Report of the Indian Hemp Drugs Commission, 1894-1895 - Volume IV
Year: 1894
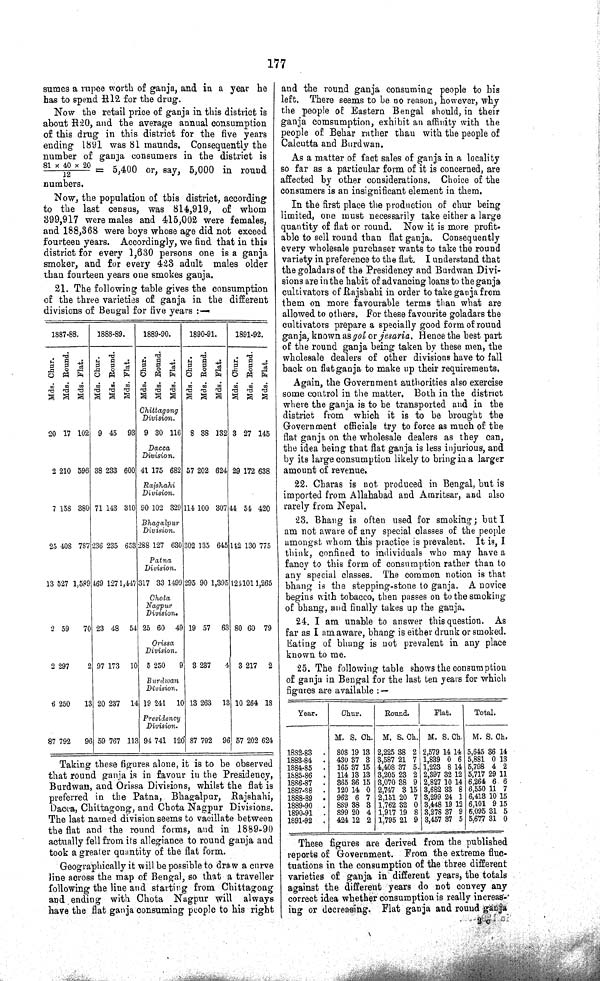
177
sumes a rupee worth of ganja, and in a year he
has to spend R12 for the drug.
Now the retail price of ganja in this district is
about R20, and the average annual consumption
of this drug in this district for the five years
ending 1891 was 81 maunds. Consequently the
number of ganja consumers in the district is
81 x 40 x 20/12 = 5,400 or, say, 5,000 in round
numbers.
Now, the population of this district, according
to the last census, was 814,919, of whom
399,917 were males and 415,002 were females,
and 188,368 were boys whose age did not exceed
fourteen years. Accordingly, we find that in this
district for every 1,630 persons one is a ganja
smoker, and for every 423 adult males older
than fourteen years one smokes ganja.
21. The following table gives the consumption
of the three varieties of ganja in the different
divisions of Bengal for five years:—
1887-88.
1888-89.
1889-90.
1890-91.
1891-92.
Mds. Chur.
Mds. Round.
Mds. Flat.
Mds. Chur. Mds. Round.
Mds. Flat.
Mds. Chur. Mds. Round.
Mds. Flat.
Mds. Chur.
Mds. Round.
Mds. Flat.
Mds. Chur.
Mds. Round.
Mds. Flat.
Mds. Chur.
Mds. Round.
Mds. Flat.
Mds. Chur. Mds. Round.
Mds. Flat.
Mds. Chur. Mds. Round.
Mds. Flat.
Mds. Chur.
Mds. Round.
Mds. Flat.
Mds. Chur.
Mds. Round.
Mds. Flat.
Mds. Chur.
Mds. Round.
Mds. Flat.
Mds. Chur. Mds. Round.
Mds. Flat.
Mds. Chur. Mds. Round.
Mds. Flat.
Mds. Chur.
Mds. Round.
Mds. Flat.
Mds. Chur.
Mds. Round.
Mds. Flat.
Chittagong
Division.
20 17 102 9 45 93 9 30 116 8 38 132 3 27 145
Dacca
Division.
2 210 596 38 233 600 41 175 682 57 202 624 29 172 638
Rajshahi
Division.
7 158 380 71 143 310 90 102 329 114 100 307 44 54 420
Bhagalpur
Division.
25 408 787 236 235 653 288 127 630 302 135 645 142 130 775
Patna
Division,
13 527 1,589 469 127 1,447 317 33 1499 295 90 1,395 124 101 1,265
Chota
Nagpur
Division.
2 59
70 23 48 54 25 60 49 19 57 63 80 60 79
Orissa
Division.
2 297
2 97 173 10 5 250
9 3 237
4
3 217 2
Burdwan
Division.
6 250
13 20 237 14 19 241 10 13 263 13 10 264 18
Presidency
Division.
87 792
96 59 767 11 94 741 120 87 792 96 57 202 624
Taking these figures alone, it is to be observed
that round ganja is in favour in the Presidency,
Burdwan, and Orissa Divisions, whilst the flat is
preferred in the Patna, Bhagalpur, Rajshahi,
Dacca, Chittagong, and Chota Nagpur Divisions.
The last named division seems to vacillate between
the flat and the round forms, and in 1889-90
actually fell from its allegiance to round ganja and
took a greater quantity of the flat form.
Geographically it will be possible to draw a curve
line across the map of Bengal, so that a traveller
following the line and starting from Chittagong
and ending with Chota Nagpur will always
have the flat ganja consuming people to his right
and the round ganja consuming people to bis
left. There seems to he no reason, however, why
the people of Eastern Bengal should, in their
ganja comsumption, exhibit an affinity with the
people of Behar rather thau with the people of
Calcutta and Burdwan.
As a matter of fact sales of ganja in a locality
so far as a particular form of it is concerned, are
affected by other considerations. Choice of the
consumers is an insignificant element in them,
In the first place the production of chur being
limited, one must necessarily take either a large
quantity of flat or round. Now it is more profit-
able to sell round than flat ganja. Consequently
every wholesale purchaser wants to take the round
variety in preference to the flat. I understand that
the goladars of the Presidency and Burdwan Divi¬
sions are in the habit of advancing loans to the ganja
cultivators of Rajshahi in order to take ganja from
them on more favourable terms than what are
allowed to others. For these favourite goladars the
cultivators prepare a specially good form of round
ganja, known as gol or jesaria. Hence the best part
of the round ganja being taken by these men, the
wholesale dealers of other divisions have to fall
back on flat ganja to make up their requirements.
Again, the Government authorities also exercise
some control in the matter. Both in the district
where the ganja is to be transported and in the
district from which it is to be brought the
Government officials try to force as much of the
flat ganja on the wholesale dealers as they can,
the idea being that flat ganja is less injurious, and
by its large consumption likely to bring in a larger
amount of revenue.
22. Charas is not produced in Bengal, but is
imported from Allahabad and Amritsar, and also
rarely from Nepal.
23. Bhang is often used for smoking; but I
am not aware of any special classes of the people
amongst whom this practice is prevalent. It is, I
think, confined to individuals who may have a
fancy to this form of consumption rather than to
any special classes. The common notion is that
bhang is the stepping-stone to ganja. A novice
begins with tobacco, then passes on to the smoking
of bhang, and finally takes up the ganja.
24. I am unable to answer this question. As
far as I am aware, bhang is either drunk or smoked.
Eating of bhang is not prevalent in any place
known to me.
25. The following table shows the consumption
of ganja in Bengal for the last ten years for which
figures are available:—
Year.
Chur.
Round.
Plat.
Total.
M. S. Ch. M. S. Ch. M. S. Ch. M. S. Ch.
1882-83
808 19 13 2,225 38 2 2,579 14 14 5,645 36 14
1883-84
430 37 3 3,587 21 7 1,839 0 6 5,881 0 13
1884-85
165 37 15 4,408 37 5 1,223 8 14 5,798 4 2
1885-86
114 13 13 3,205 23 2 2,397 32 12 5,717 29 11
1886-87
365 36 15 3,070 38 9 2,827 10 14 6,264 6 6
1887-88
120 14 0 2,747 3 15 3,682 33 8 6,550 11 7
1888-89
962 6 7 2,151 20 7 3,299 24 1 6,413 10 15
1889-90
889 38 3 1,762 32 0 3,448 19 12 6,101 9 15
1890-91
899 20 4 1,917 19 8 3,278 37 9 6,095 31 5
1891-92
424 12 2 1,795 21 9 3,457 37 5 5,677 31 0
These figures are derived from the published
reports of Government. From the extreme fluc¬
tuations in the consumption of the three different
varieties of ganja in different years, the totals
against the different years do not convey any
correct idea whether consumption is really increas¬
ing or decreasing. Flat ganja and round ganja